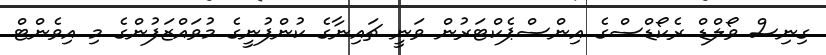
ގިނިސް ވޯލްޑް ރެކޯޑްސްގެ އިންސްޕެކްޓަރުން ވަނީ ޗައިނާގެ ކުންފުނީގެ މުވައްޒަފުންގެ މި އިވެންޓް